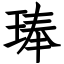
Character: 琫